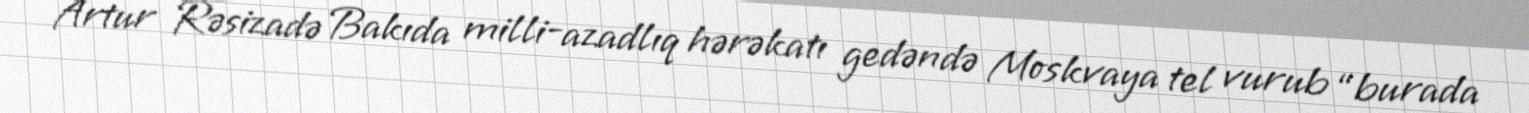
Artur Rəsizadə Bakıda milli-azadlıq hərəkatı gedəndə Moskvaya tel vurub “burada